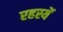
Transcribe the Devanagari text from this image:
रहस्यें